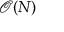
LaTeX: { \mathcal { O } } ( N )